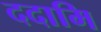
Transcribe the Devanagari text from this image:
ददामि